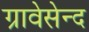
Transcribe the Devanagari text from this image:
ग्रावेसेन्द